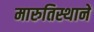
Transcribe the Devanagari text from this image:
मारुतिस्थानें